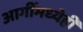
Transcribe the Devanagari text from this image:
आगींमध्येही